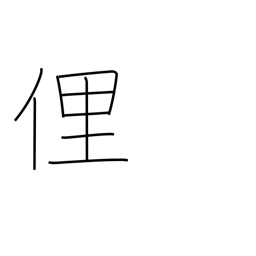
Meaning: ill mannered